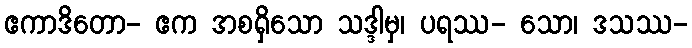
ဧကာဒိတော- ဧက အစရှိသော သဒ္ဒါမှ၊ ပရဿ- သော၊ ဒသဿ-